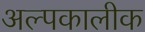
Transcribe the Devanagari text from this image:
अल्पकालीक